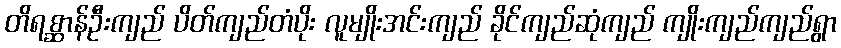
တိရစ္ဆာန်ဦးကျည် ပိတ်ကျည်တံပိုး လူမျိုးအင်းကျည် ခိုင်ကျည်ဆုံကျည် ကျိုးကျည်ကျည်ရွာ